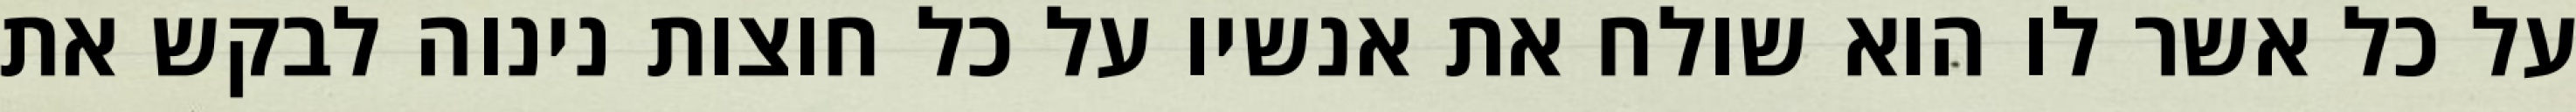
על כל אשר לו הוא שולח את אנשיו על כל חוצות נינוה לבקש את